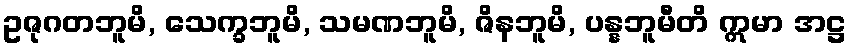
ဥဇုဂတဘူမိ, သေက္ခဘူမိ, သမဏဘူမိ, ဇိနဘူမိ, ပန္နဘူမီတိ ဣမာ အဋ္ဌ